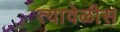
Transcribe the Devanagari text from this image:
त्यावेळीस